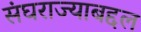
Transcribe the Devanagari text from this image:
संघराज्याबद्दल